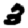
Digit: 3